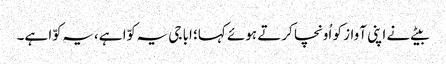
بیٹے نے اپنی آواز کو اُونچا کرتے ہوئے کہا؛ ابا جی یہ کوّا ہے، یہ کوّا ہے۔